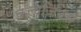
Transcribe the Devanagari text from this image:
क्लाजिउस